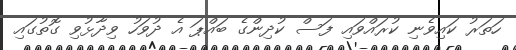
ހަތަރު ކައިވެނި ކުރައްވައި ފަސް ކުދިންގެ ބައްޕަ އެ ދުވަހު ވިދާޅުވި ގޮތުގައި